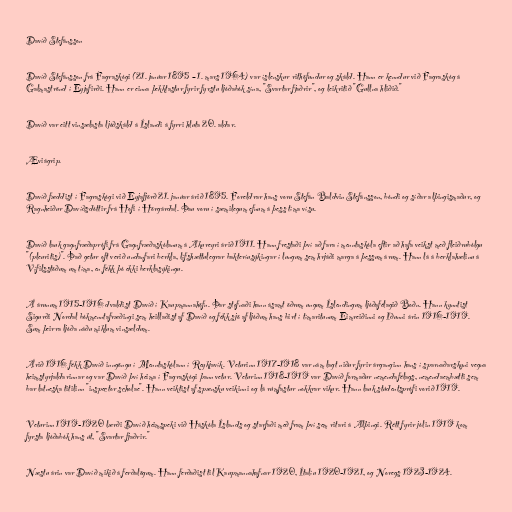
Davíð Stefánsson

Davíð Stefánsson frá Fagraskógi (21. janúar 1895 – 1. mars 1964) var íslenskur rithöfundur og skáld. Hann er kenndur við Fagraskóg á
Galmaströnd í Eyjafirði. Hann er einna þekktastur fyrir fyrstu ljóðabók sína, "Svartar fjaðrir", og leikritið "Gullna hliðið."

Davíð var eitt vinsælasta ljóðskáld á Íslandi á fyrri hluta 20. aldar.

Æviágrip.

Davíð fæddist í Fagraskógi við Eyjafjörð 21. janúar árið 1895. Foreldrar hans voru Stefán Baldvin Stefánsson, bóndi og síðar alþingismaður, og
Ragnheiður Davíðsdóttir frá Hofi í Hörgárdal. Þau voru í sæmilegum efnum á þess tíma vísu.

Davíð lauk gagnfræðaprófi frá Gagnfræðaskólanum á Akureyri árið 1911. Hann frestaði því að fara í menntaskóla eftir að hafa veikst með fleiðrubólgu
"(pleuritis)". Það getur oft verið undanfari berkla, lífshættulegrar bakteríusýkingar í lungum sem hrjáði marga á þessum árum. Hann lá á berklahælinu á
Vífilsstöðum um tíma, en fékk þó ekki berklasýkingu.

Á árunum 1915-1916 dvaldist Davíð í Kaupmannahöfn. Þar stofnaði hann ásamt öðrum ungum Íslendingum ljóðafélagið Boðn. Hann kynntist
Sigurði Nordal bókmenntafræðingi sem heillaðist af Davíð og fékk sjö af ljóðum hans birt í tímaritunum Eimreiðinni og Iðunni árin 1916-1919.
Sum þeirra ljóða náðu miklum vinsældum.

Árið 1916 fékk Davíð inngöngu í Menntaskólann í Reykjavík. Veturinn 1917-1918 var nám lagt niður fyrir árganginn hans í sparnaðarskyni vegna
heimstyrjaldarinnar og var Davíð því heima í Fagraskógi þann vetur. Veturinn 1918-1919 var Davíð formaður nemendafélags, nemendaembætti sem
bar latneska titilinn "inspector scholae". Hann veiktist af spænsku veikinni og lá rúmfastur nokkrar vikur. Hann lauk stúdentsprófi vorið 1919.

Veturinn 1919-1920 lærði Davíð heimspeki við Háskóla Íslands og starfaði með fram því sem ritari á Alþingi. Rétt fyrir jólin 1919 kom
fyrsta ljóðabók hans út, "Svartar fjaðrir."

Næstu árin var Davíð mikið á ferðalögum. Hann ferðaðist til Kaupmannahafnar 1920, Ítalíu 1920-1921, og Noregs 1923-1924.